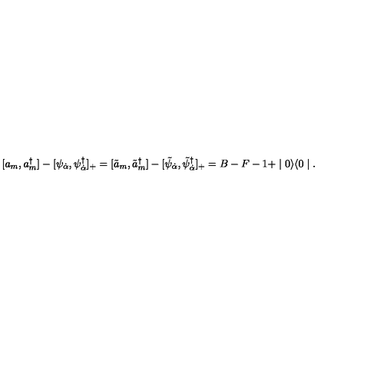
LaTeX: [ a _ { m } , a _ { m } ^ { \dagger } ] - [ \psi _ { \dot { \alpha } } , \psi _ { \dot { \alpha } } ^ { \dagger } ] _ { + } = [ \tilde { a } _ { m } , \tilde { a } _ { m } ^ { \dagger } ] - [ \tilde { \psi } _ { \dot { \alpha } } , \tilde { \psi } _ { \dot { \alpha } } ^ { \dagger } ] _ { + } = B - F - 1 + \mid 0 \rangle \langle 0 \mid .